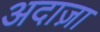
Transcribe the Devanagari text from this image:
अदाज़ा